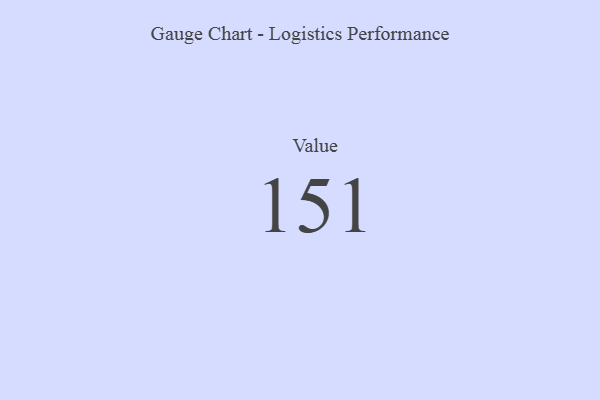
{"axis": {"x": "Metric", "y": "Value"}, "legend": [""], "data": [{"x": "Value", "y": 151, "type": ""}]}